Report on vaccination in Madras 1904-1921 - 1904-1921
Year: 1904
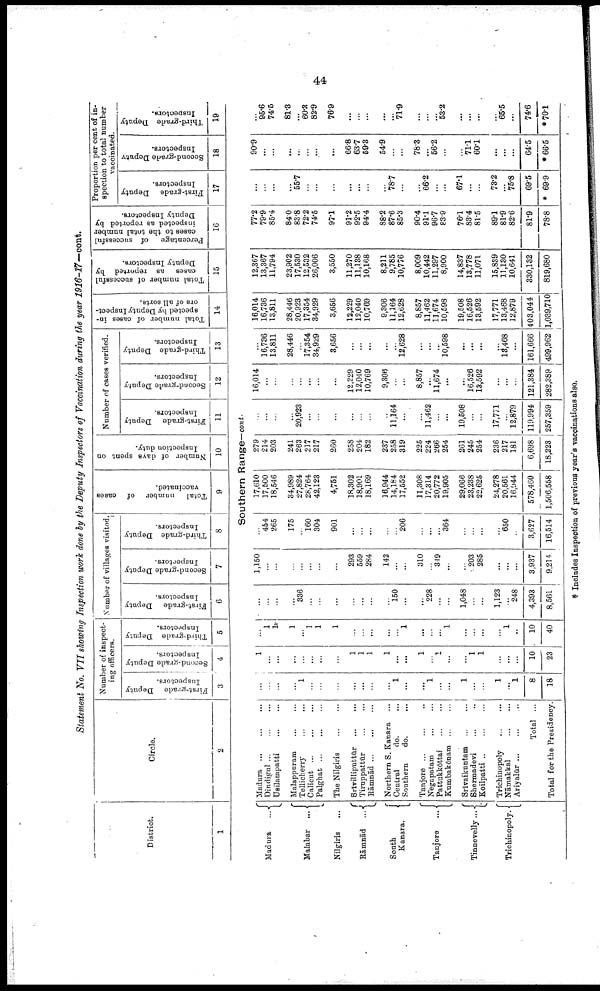
44
Statement No. VII showing Inspection work done by the Deputy Inspectors of Vaccination during the year 1916-17—cont.
District.
1
Madura
...
Malabar ...
Nilgiris ...
Rāmnād ...
South
Kanara.
Tanjore ...
Tinnevelly...
Trichinopoly.
Circle.
2
Number of inspect
ing officers.
First-grade Deputy
Inspectors.
3
Second-grade Deputy
Inspectors.
4
Third-grade Deputy
Inspectors.
5
Number of villages visited.
First-grade Deputy
Inspectors.
6
Second-grade Deputy
Inspectors.
7
Third-grade Deputy
Inspectors.
8
Total
number of cases
vaccinated.
9
Number of days spent on
Inspection duty.
10
Number of cases verified.
First-grade Deputy
Inspectors.
11
Second-grade Deputy
Inspectors.
12
Third-grade Deputy
Inspectors.
13
Total number of cases in
spected by Deputy Inspect
ors of all sorts.
14
Total number of successful
cases as reported by
Deputy Inspectors.
15
Percentage of successful
cases to the total number
inspected as reported by
Deputy Inspectors.
16
Proportion per cent of in
spection to total number
vaccinated.
First-grade Deputy
Inspectors.
17
Second-grade Deputy
Inspectors.
18
Third-grade Deputy
Inspectors.
19
Southern Range—cont.
Madura
...
...
...
Dindigul
...
...
...
Usilampatti ... ...
Malappuram
...
...
Tellicherry
...
...
Calicut ... ... ...
Palghat
...
...
...
The Nilgiris
...
...
Srīvilliputtūr
...
...
Tiruppattūr ... ...
Rāmnād
...
...
...
Northern S. Kanara ...
Central
do. ...
Southern
do. ...
Tanjore
...
...
...
Negapatam
...
...
Pattukkōttai
...
...
Kumbakōnam
...
...
Srīvaikuntam
...
...
Shermadevi
...
...
Koilpatti
...
...
...
Trichinopoly
...
...
Nāmakkal
...
...
Ariyalūr
...
...
...
Total ...
Total for the Presidency.
...
...
...
...
1
...
...
...
...
...
...
...
1
...
...
1
...
...
1
...
...
1
...
1
8
18
1
...
...
...
...
...
...
...
1
1
1
1
...
...
1
...
1
...
...
1
1
...
...
...
10
23
...
1
1
1
...
1
1
1
...
...
...
...
...
1
...
...
...
1
...
...
...
...
1
...
10
40
...
...
...
...
336
...
...
...
...
...
...
...
150
...
...
228
...
...
1,048
...
...
1,123
...
248
4,393
8,561
1,150
...
...
...
...
...
...
...
293
559
284
142
...
...
310
...
349
...
...
203
285
...
...
...
3,937
9,214
...
454
265
175
...
160
304
901
...
...
...
...
...
206
...
...
...
364
...
...
...
...
650
...
3,627
16,514
17,610
17,500
18,546
34,989
27,824
28,764
42,123
4,751
18,302
18,901
18,169
16,944
14,184
17,552
11,308
17,314
20,772
19,905
29,066
23,238
22,625
24,278
20,561
16,944
578,460
1,506,558
279
214
203
241
263
217
217
260
258
204
182
237
258
319
225
224
266
254
261
245
254
236
217
181
6,698
18,223
...
...
...
...
20,923
...
...
...
...
...
...
...
11,164
...
...
11,462
...
...
19,508
...
...
17,771
...
12,879
119,994
257,359
16,014
...
...
...
...
...
...
...
12,229
12,040
10,769
9,306
...
...
8,857
...
11,674
...
...
16,526
13,592
...
...
...
121,384
282,389
...
16,736
13,811
28,446
...
17,354
34,929
3,656
...
...
...
...
...
12,628
...
...
...
10,598
...
...
...
...
13,468
...
161,666
499,962
16,014
16,736
13,811
28,446
20,923
17,354
34,929
3,656
12,229
12,040
10,769
9,306
11,164
12,628
8,857
11,462
11,674
10,598
19,508
16,526
13,592
17,771
13,468
12,879
403,044
1,039,710
12,367
13,367
11,794
23,902
17,530
12,532
26,006
3,550
11,270
11,138
10,168
8,211
9,785
10,776
8,009
10,442
11,297
8,900
14,837
13,778
11,071
15,839
11,130
10,641
330,132
819,680
77.2
79.9
85.4
84.0
83.8
72.2
74.5
97.1
91.2
92.5
94.4
88.2
87.6
85.3
90.4
91.1
96.7
83.9
76.1
83.4
81.5
89.1
81.9
82.6
81.9
78.8
...
...
...
...
55.7
...
...
...
...
...
...
...
78.7
...
...
66.2
...
...
67.1
...
...
73.2
...
75.8
69.5
* 69.9
90.9
...
...
...
...
...
...
...
66.8
63.7
59.3
54.9
...
...
78.3
...
56.2
...
...
71.1
60.1
...
...
...
64.5
*66.5
...
95.6
74.5
81.3
...
60.3
82.9
76.9
...
...
...
...
...
71.9
...
...
...
53.2
...
...
...
...
65.5
...
74.6
*70.1
* Includes Inspection of previous year's vaccinations also.